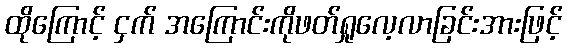
ထိုကြောင့် ငှက် အကြောင်းကိုဖတ်ရှုလေ့လာခြင်းအားဖြင့်